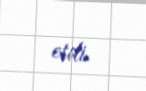
etdi.